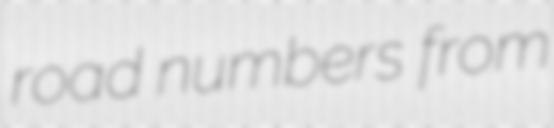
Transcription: road numbers from